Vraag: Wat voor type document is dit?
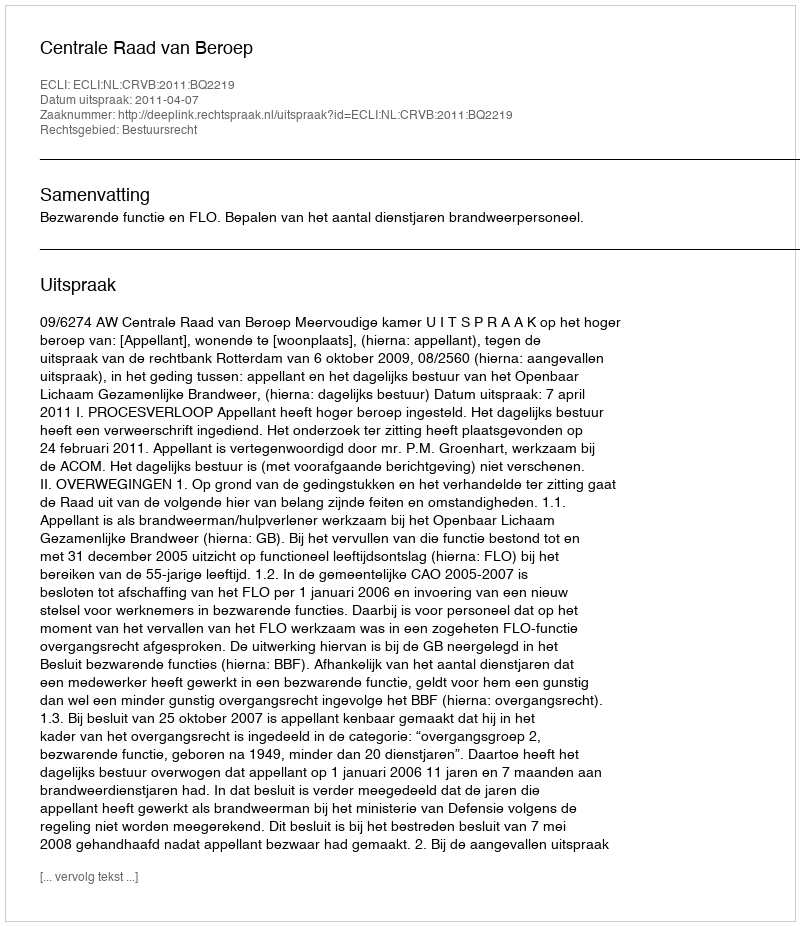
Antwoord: Uitspraak